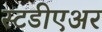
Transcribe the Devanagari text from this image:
स्टडीएअर